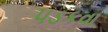
પડકવા